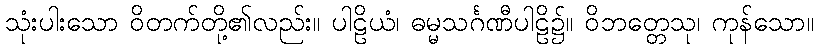
သုံးပါးသော ဝိတက်တို့၏လည်း။ ပါဠိယံ၊ ဓမ္မသင်္ဂဏီပါဠိ၌။ ဝိဘတ္တေသု၊ ကုန်သော။